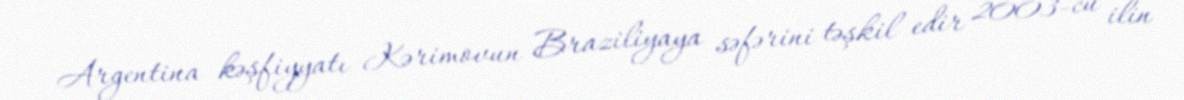
Argentina kəşfiyyatı Kərimovun Braziliyaya səfərini təşkil edir 2003-cü ilin